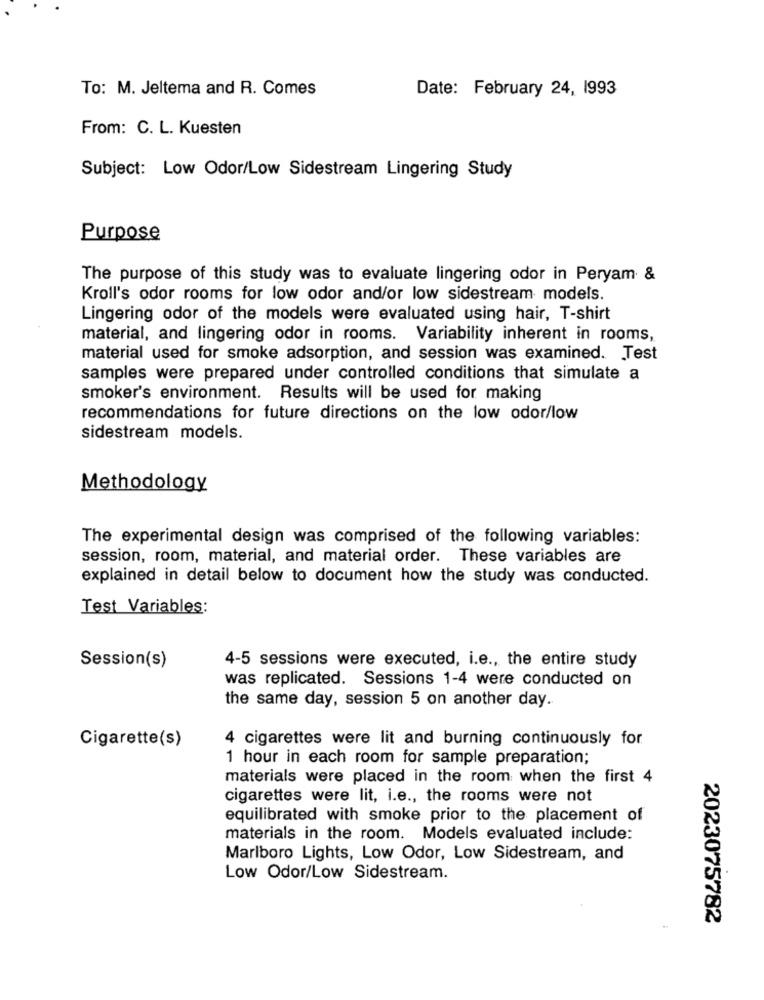
To: M. Jeltema and R. Comes
Date: February 24, 1993
From: C. L. Kuesten
Subject: Low Odor/Low Sidestream Lingering Study
Purpose
The purpose of this study was to evaluate lingering odor in Peryam &
Kroll's odor rooms for low odor and/or low sidestream models.
Lingering odor of the models were evaluated using hair, T-shirt
material, and lingering odor in rooms. Variability inherent in rooms,
material used for smoke adsorption, and session was examined. Test
samples were prepared under controlled conditions that simulate a
smoker's environment. Results will be used for making
recommendations for future directions on the low odor/low
sidestream models.
Methodology
The experimental design was comprised of the following variables:
session, room, material, and material order. These variables are
explained in detail below to document how the study was conducted.
Test Variables:
Session(s)
4-5 sessions were executed, i.e ., the entire study
was replicated. Sessions 1-4 were conducted on
the same day, session 5 on another day.
Cigarette(s)
4 cigarettes were lit and burning continuously for
1 hour in each room for sample preparation;
materials were placed in the room when the first 4
cigarettes were lit, i.e ., the rooms were not
equilibrated with smoke prior to the placement of
materials in the room. Models evaluated include:
Marlboro Lights, Low Odor, Low Sidestream, and
Low Odor/Low Sidestream.
2023075782